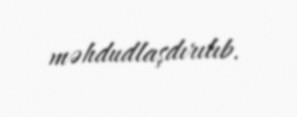
məhdudlaşdırılıb.